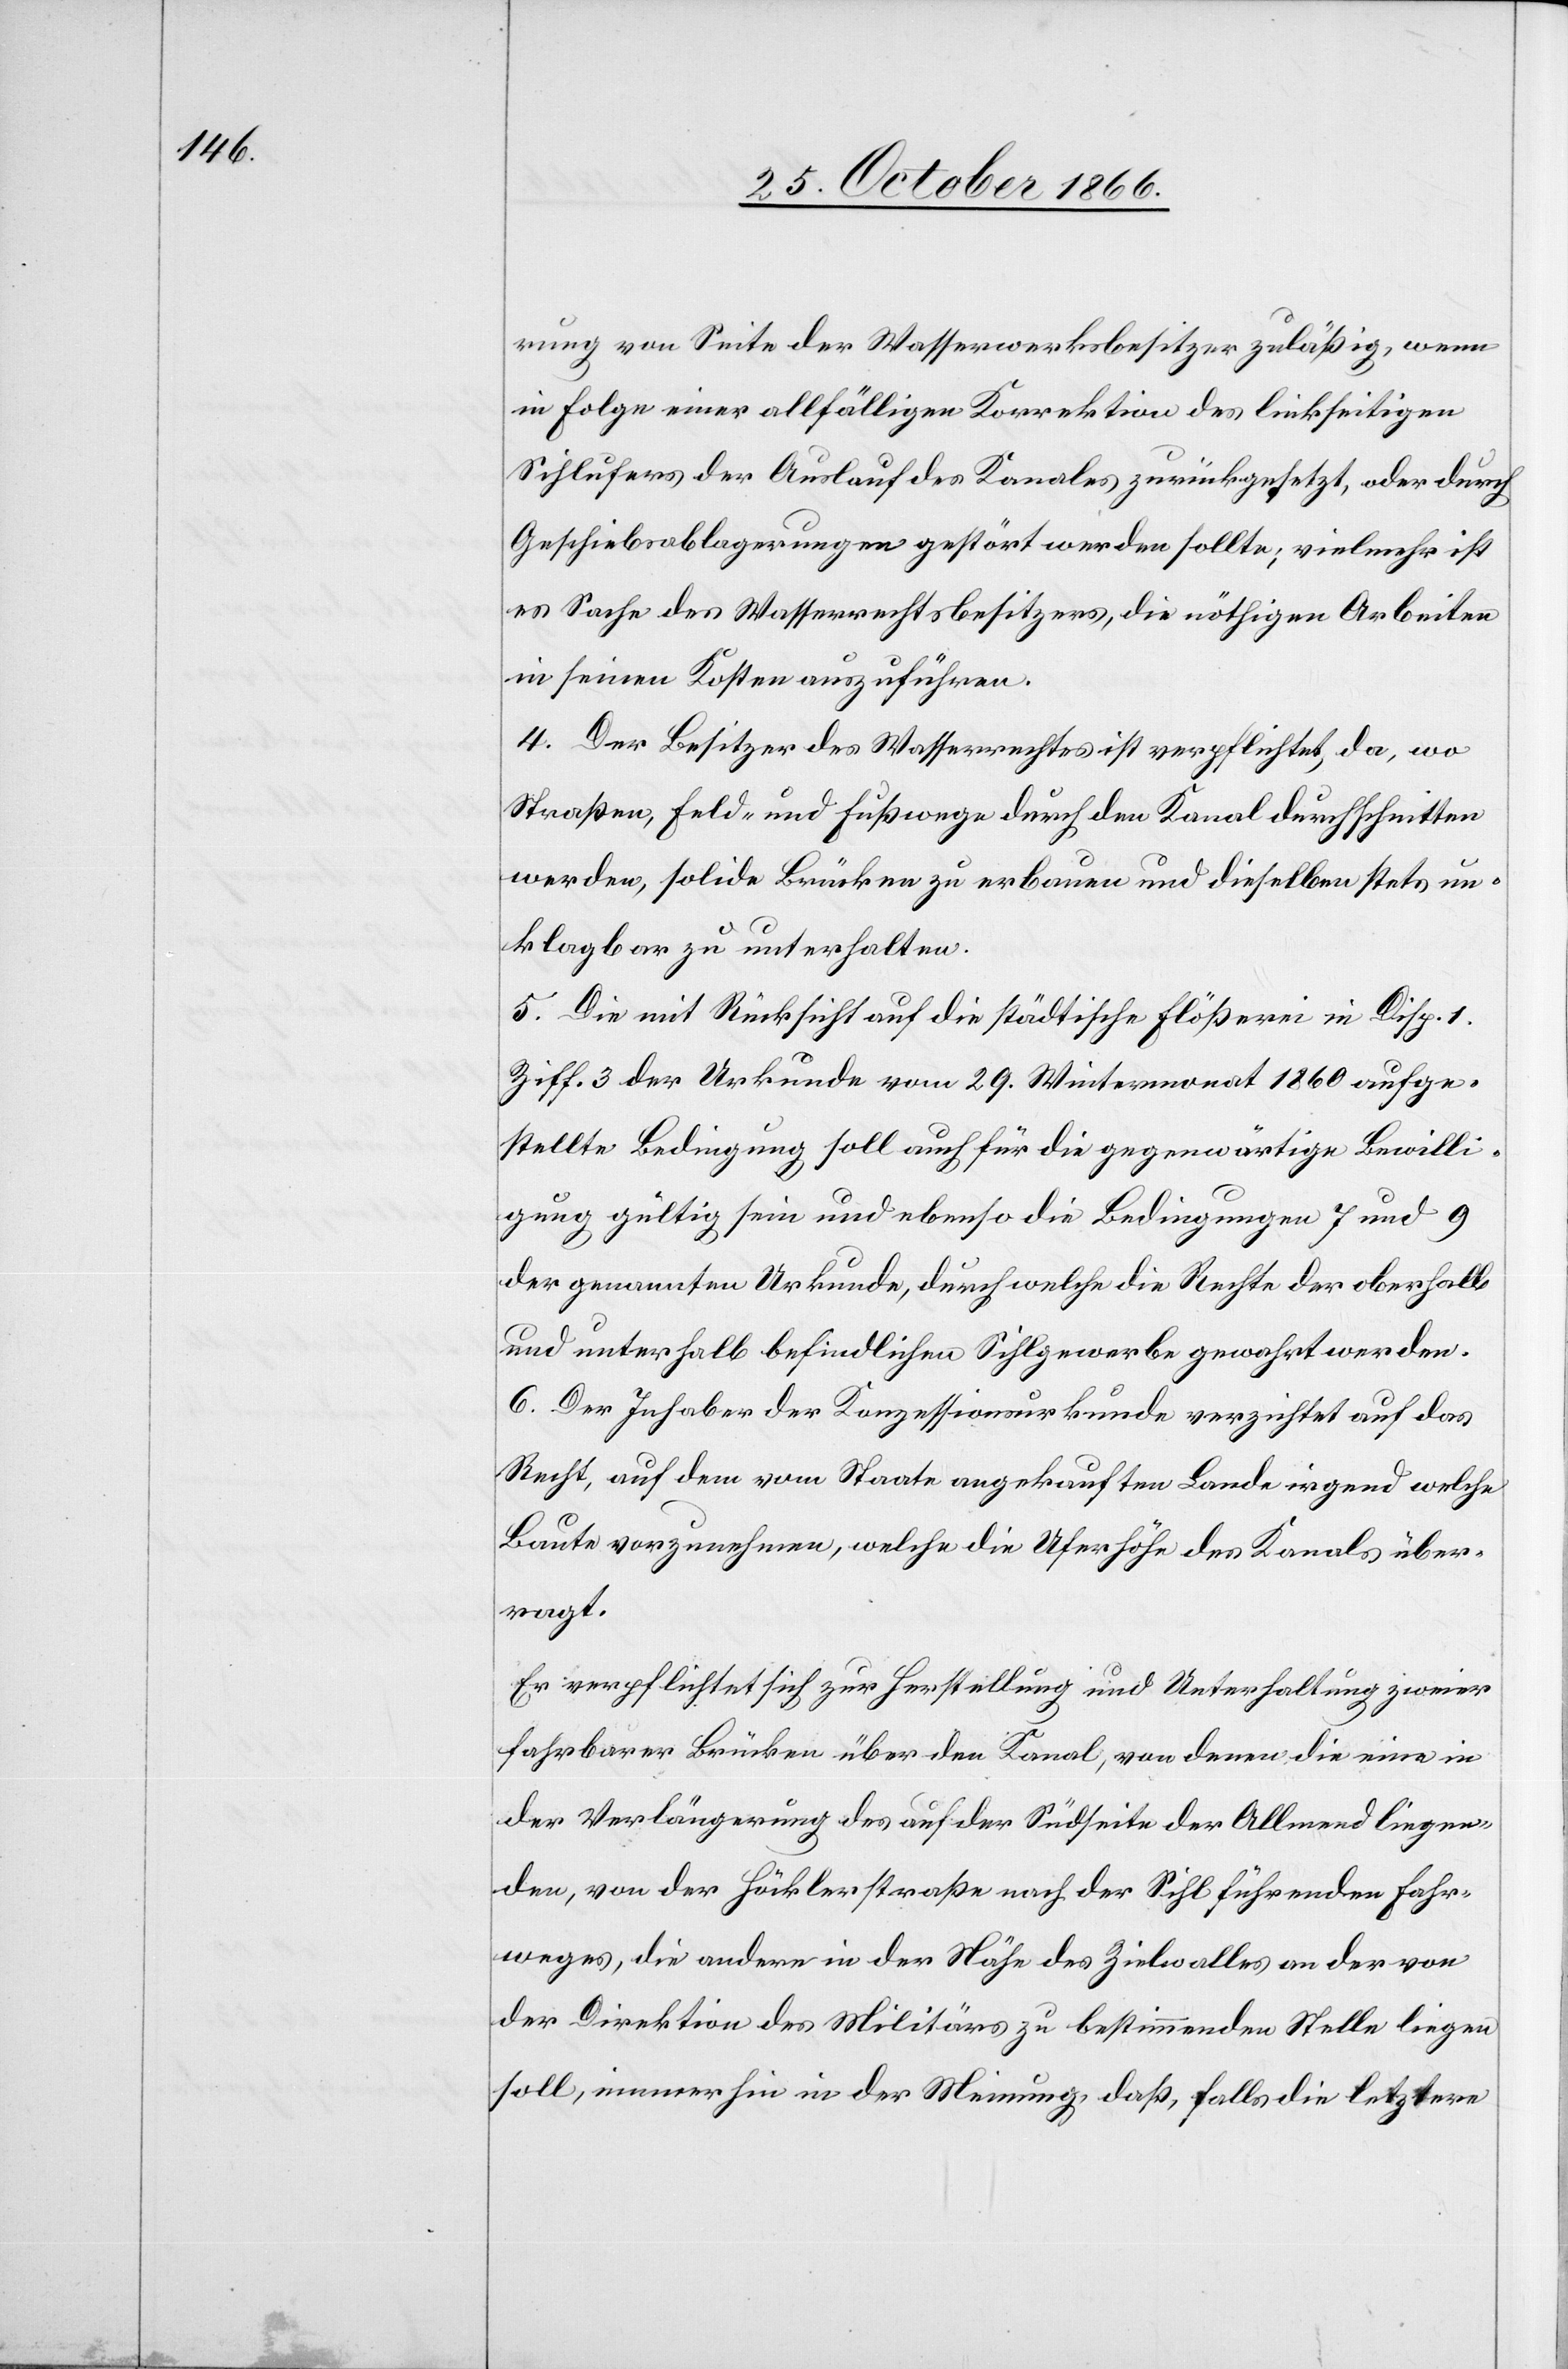
rung von Seite der Wasserwerksbesitzer zuläßig, wenn
in Folge einer allfälligen Korrektion des linkseitigen
Sihlufers der Auslauf des Kanales zurückgesetzt, oder durch
Geschiebsablagerungen gestört werden sollte; vielmehr ist
es Sache des Wasserrechtsbesitzers, die nöthigen Arbeiten
in seinen Kosten auszuführen.
4. Der Besitzer des Wasserrechtes ist verpflichtet, da, wo
Straßen, Feld- und Fußwege durch den Kanal durchschnitten
werden, solide Brücken zu erbauen und dieselben stets un¬
klagbar zu unterhalten.
5. Die mit Rücksicht auf die städtische Flößerei in Disp. 1
Ziff. 3 der Urkunde vom 29. Wintermonat 1860 aufge¬
stellte Bedingung soll auch für die gegenwärtige Bewilli¬
gung gültig sein und ebenso die Bedingungen 7 und 9
der genannten Urkunde, durch welche die Rechte der oberhalb
und unterhalb befindlichen Sihlgewerbe gewahrt werden.
6. Der Inhaber der Konzessionsurkunde verzichtet auf das
Recht, auf dem vom Staate angekauften Lande irgend welche
Baute vorzunehmen, welche die Uferhöhe des Kanals über¬
ragt.
Er verpflichtet sich zur Herstellung und Unterhaltung zweier
fahrbarer Brücken über den Kanal, von denen die eine in
der Verlängerung des auf der Südseite der Allmend liegen¬
den, von der Höcklerstraße nach der Sihl führenden Fahr¬
weges, die andere in der Nähe des Zielwalles an der von
der Direktion des Militärs zu bestimmenden Stelle liegen
soll, immerhin in der Meinung, daß, falls die letztere